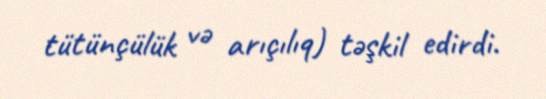
tütünçülük və arıçılıq) təşkil edirdi.